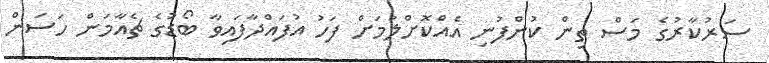
ސަރުކާރުގެ މަސް ތިން ކުންފުނި އެއްކޮށްލުމަށް ފަހު އުފައްދާފައިވާ ބޯޑުގެ ޗެއާމަން ހަސަން